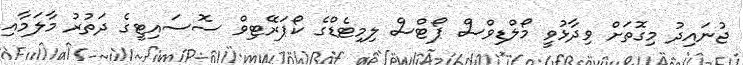
ޖުނައިދު މިގޮތަށް ވިދާޅުވީ މޯލްޑިވްސް ޕޯޓްސް ލިމިޓެޑްގެ ކޯޕަރޭޓިވް ސޮސައިޓީގެ ދަތުރު މާލަމާއި